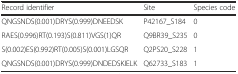
| Record identifier | Site | Species code |
 | --- | --- | --- |
 | QNGSNDS(0.001)DRYS(0.999)DNEEDSK | P42167_S184 | 0 |
 | RAES(0.996)RT(0.193)S(0.811)VGS(1)QR | Q9BR39_S235 | 0 |
 | S(0.002)ES(0.992)RT(0.005)S(0.001)LGSQR | Q2PS20_S228 | 1 |
 | QNGSNDS(0.001)DRYS(0.999)DNDEDSKIELK | Q62733_S183 | 1 |